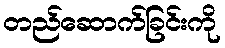
တည်ဆောက်ခြင်းကို